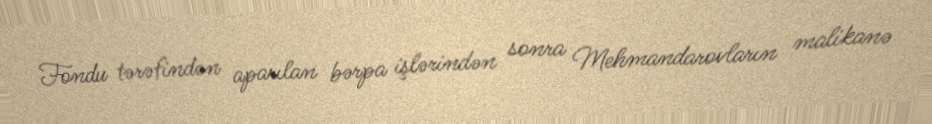
Fondu tərəfindən aparılan bərpa işlərindən sonra Mehmandarovların malikanə